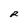
Character: R